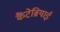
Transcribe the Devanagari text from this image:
कैंटेब्रियाई